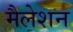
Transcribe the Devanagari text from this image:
मैलेशन